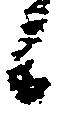
候